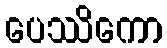
ပေဿိကော